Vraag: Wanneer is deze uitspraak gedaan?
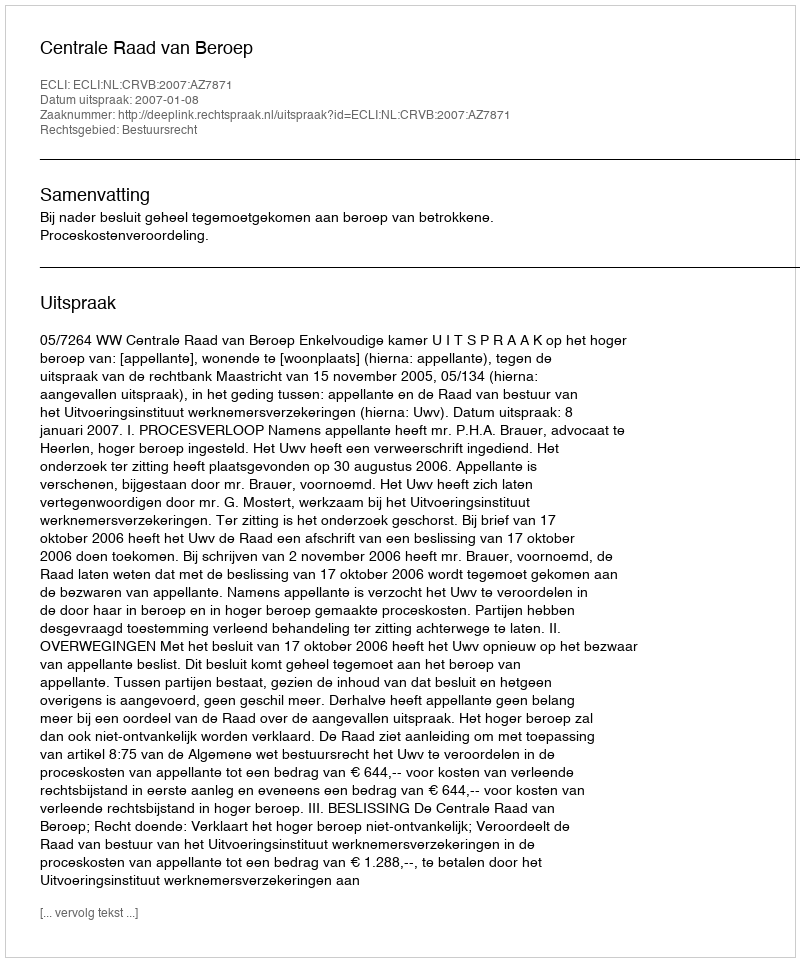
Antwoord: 2007-01-08